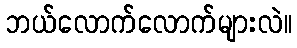
ဘယ်လောက်လောက်များလဲ။